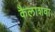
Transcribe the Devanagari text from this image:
कैलाशवा